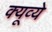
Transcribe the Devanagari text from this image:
क्यूव्ये